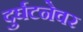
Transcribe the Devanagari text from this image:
दुर्घटनेवर